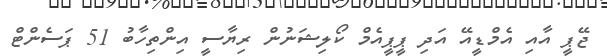
ޖޭޕީ އާއި އެމްޑީއޭ އަދި ޕީޕީއެމް ކޯލިޝަނުން ރިޔާސީ އިންތިހާބު 51 ޕަސެންޓް